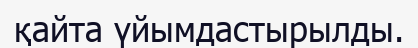
қайта үйымдастырылды.